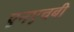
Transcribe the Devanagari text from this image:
एनएचबी